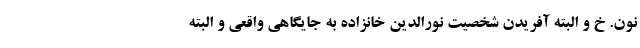
نون. خ و البته آفريدن شخصيت نورالدين خانزاده به جايگاهي واقعي و البته